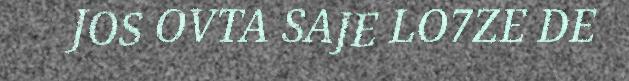
JOS OVTA SAJE LO7ZE DE